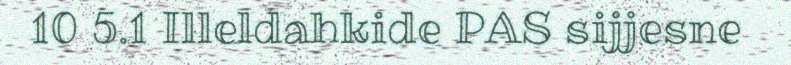
10 5.1 Illeldahkide PAS sijjesne